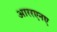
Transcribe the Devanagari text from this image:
आररएनए